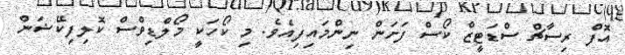
އޮފް ރިސާޗް ސްޑަޓީޒް ކޯސް ފަށަން ނިންމައިފިއެވެ. މި ކޯހަކީ މޯލްޑިވްސް ކޮލިފިކޭޝަން